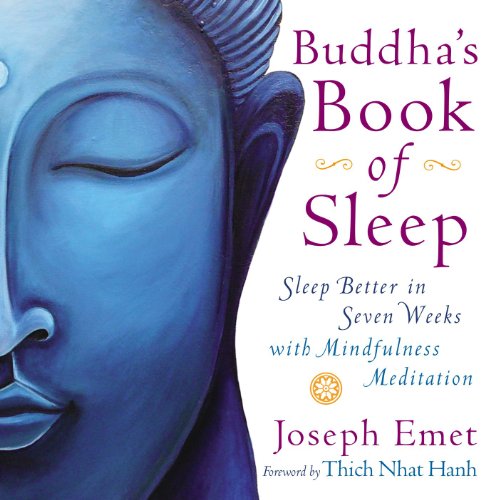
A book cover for Buddha's Book of Sleep: Sleep Better in Seven Weeks with Mindfulness Meditation; Joseph Emet; Health, Fitness & Dieting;